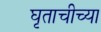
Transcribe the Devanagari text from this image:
घृताचीच्या